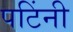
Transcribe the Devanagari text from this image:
पटिंनी